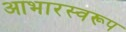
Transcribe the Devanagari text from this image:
आभारस्वरूप